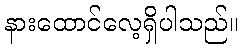
နားထောင်လေ့ရှိပါသည်။